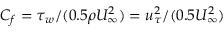
C _ { f } = \tau _ { w } / ( 0 . 5 \rho U _ { \infty } ^ { 2 } ) = u _ { \tau } ^ { 2 } / ( 0 . 5 U _ { \infty } ^ { 2 } )